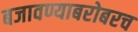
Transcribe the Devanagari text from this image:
बजावण्याबरोबरच